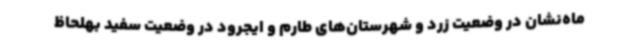
ماه‌نشان در وضعیت زرد و شهرستان‌های طارم و ایجرود در وضعیت سفید بهلحاظ